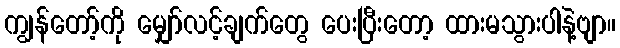
ကျွန်တော့်ကို မျှော်လင့်ချက်တွေ ပေးပြီးတော့ ထားမသွားပါနဲ့ဗျာ။